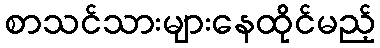
စာသင်သားများနေထိုင်မည့်